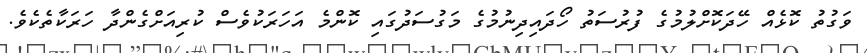
ވަގުތު ކޮޅެއް ހޭދަކޮށްލުމުގެ ފުރުސަތު ހޯދައިދިނުމުގެ މަގުސަދުގައި ކޮންމެ އަހަަރަކުވެސް ކުރިއަށްގެންދާ ހަރަކާތެކެވެ.